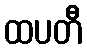
ထပတီ